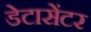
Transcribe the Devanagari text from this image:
डेटासेंटर